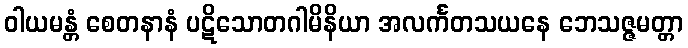
ဝါယမန္တံ စေတနာနံ ပဋိသောတဂါမိနိယာ အလင်္ကတသယနေ ဘေသဇ္ဇမတ္တာ